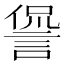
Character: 諐